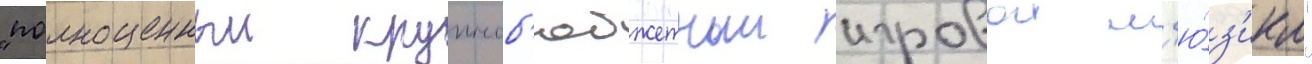
"полноценныи крупноб'юджетныи игровои м'ю́з'икл"